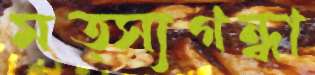
মত্স্যগন্ধা